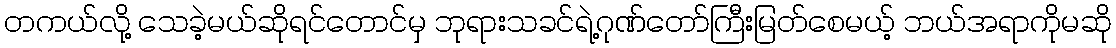
တကယ်လို့ သေခဲ့မယ်ဆိုရင်တောင်မှ ဘုရားသခင်ရဲ့ဂုဏ်တော်ကြီးမြတ်စေမယ့် ဘယ်အရာကိုမဆို